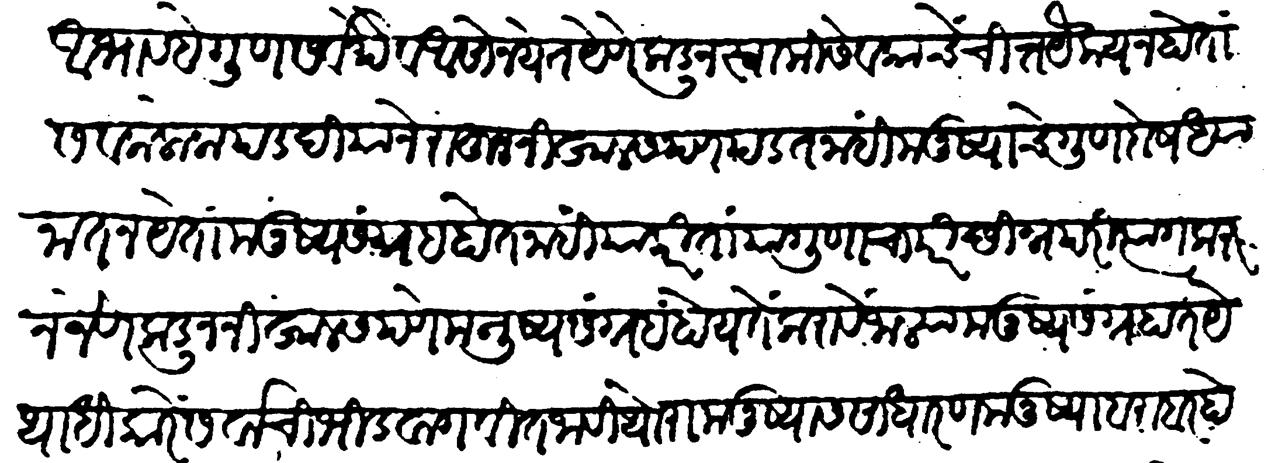
Transliteration (Devanagari): आभाव हे गुण सर्वथैव असो नयेत येणेकडून स्वामि सेवक यांचे चित्तयैक्य न होता सेवक लोक पडदीयाने राहून निखालसपण पडत नाहीं मनुष्याचे गुणदोष ध्यानांत न येता मनुष्यसंग्रह होत नाही याकरितां या गुणांचा परिच्छिन्न परित्याग करुन जेणेकडून निखालसपणे मनुष्यसंग्रह होय ते करावें जाल्या मनुष्य संग्रहांत येथाधिकारें सर्वांची भीड वागवीत जावी थोरा मनुष्यास साधारण मनुष्याबरोबर होऊ